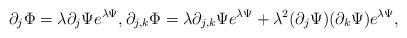
LaTeX: \begin{align*}\partial_j \Phi&=\lambda \partial_j \Psi e^{\lambda\Psi} , \partial_{j,k} \Phi=\lambda \partial_{j,k} \Psi e^{\lambda\Psi}+\lambda^2 (\partial_j \Psi)(\partial_k \Psi) e^{\lambda\Psi} , \end{align*}